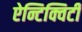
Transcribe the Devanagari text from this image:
ऐन्टिक्विटी